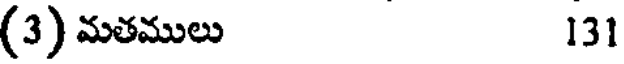
(3) మతములు 131